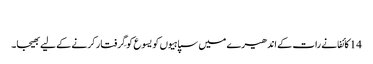
‏
14 کائفا نے رات کے اندھیرے میں سپاہیوں کو یسوع کو گِرفتار کرنے کے لیے بھیجا۔